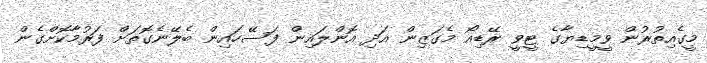
މީގެއިތުރުން ވީމީޑިޔާގެ ޓީވީ ރޭޑިއޯ މެގަޒިން އަދި އޮންލައިން ފަސޭހައިން ބެލޭނެގޮތަށް ފަރުމާކޮށްގެން